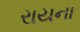
રાયના